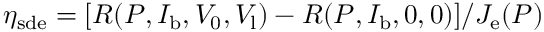
\eta _ { \mathrm { s d e } } = [ R ( P , I _ { \mathrm { b } } , V _ { 0 } , V _ { \mathrm { l } } ) - R ( P , I _ { \mathrm { b } } , 0 , 0 ) ] / J _ { \mathrm { e } } ( P )